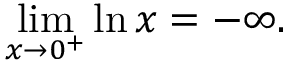
\operatorname* { l i m } _ { x \to 0 ^ { + } } \ln x = - \infty .